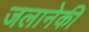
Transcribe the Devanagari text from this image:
जलानेकी